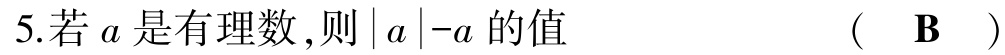
5.若\(a\)是有理数,则\(\vert a\vert -a\)的值  (  B  )